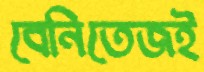
বেনিতেজই